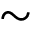
\sim